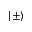
| \pm \rangle